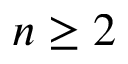
n \ge 2